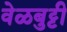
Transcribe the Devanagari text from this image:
वेळबुट्टी